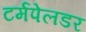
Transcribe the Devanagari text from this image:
टर्मपेलडर